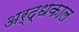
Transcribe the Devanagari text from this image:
अर्द्धकाल